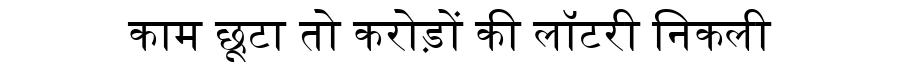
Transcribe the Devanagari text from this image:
काम छूटा तो करोड़ों की लॉटरी निकली